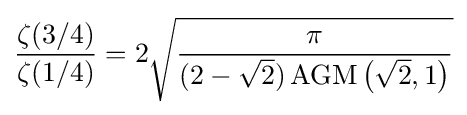
{\frac {\zeta (3/4)}{\zeta (1/4)}}=2{\sqrt {\frac {\pi }{(2-{\sqrt {2}})\operatorname {AGM} \left({\sqrt {2}},1\right)}}}